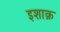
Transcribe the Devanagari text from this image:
इशाक़